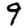
Digit: 9